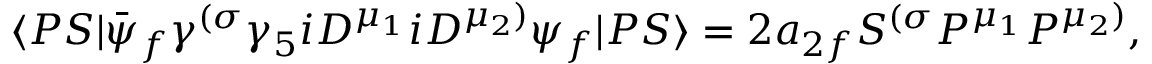
\langle P S | \bar { \psi } _ { f } \gamma ^ { ( \sigma } \gamma _ { 5 } i D ^ { \mu _ { 1 } } i D ^ { \mu _ { 2 } ) } \psi _ { f } | P S \rangle = 2 a _ { 2 f } S ^ { ( \sigma } P ^ { \mu _ { 1 } } P ^ { \mu _ { 2 } ) } ,